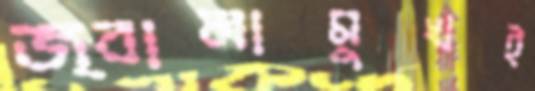
জ্বালামুখই